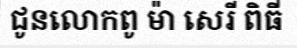
ជូនលោកពូ ម៉ា សេរី ពិធី